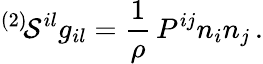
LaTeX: ^{(2)}\! {\cal S}^{il}g_{il}=\frac 1\rho\, P^{ij}n_{i}n_{j}\, .